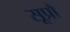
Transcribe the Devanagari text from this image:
सूप्रौ